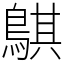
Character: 鶀